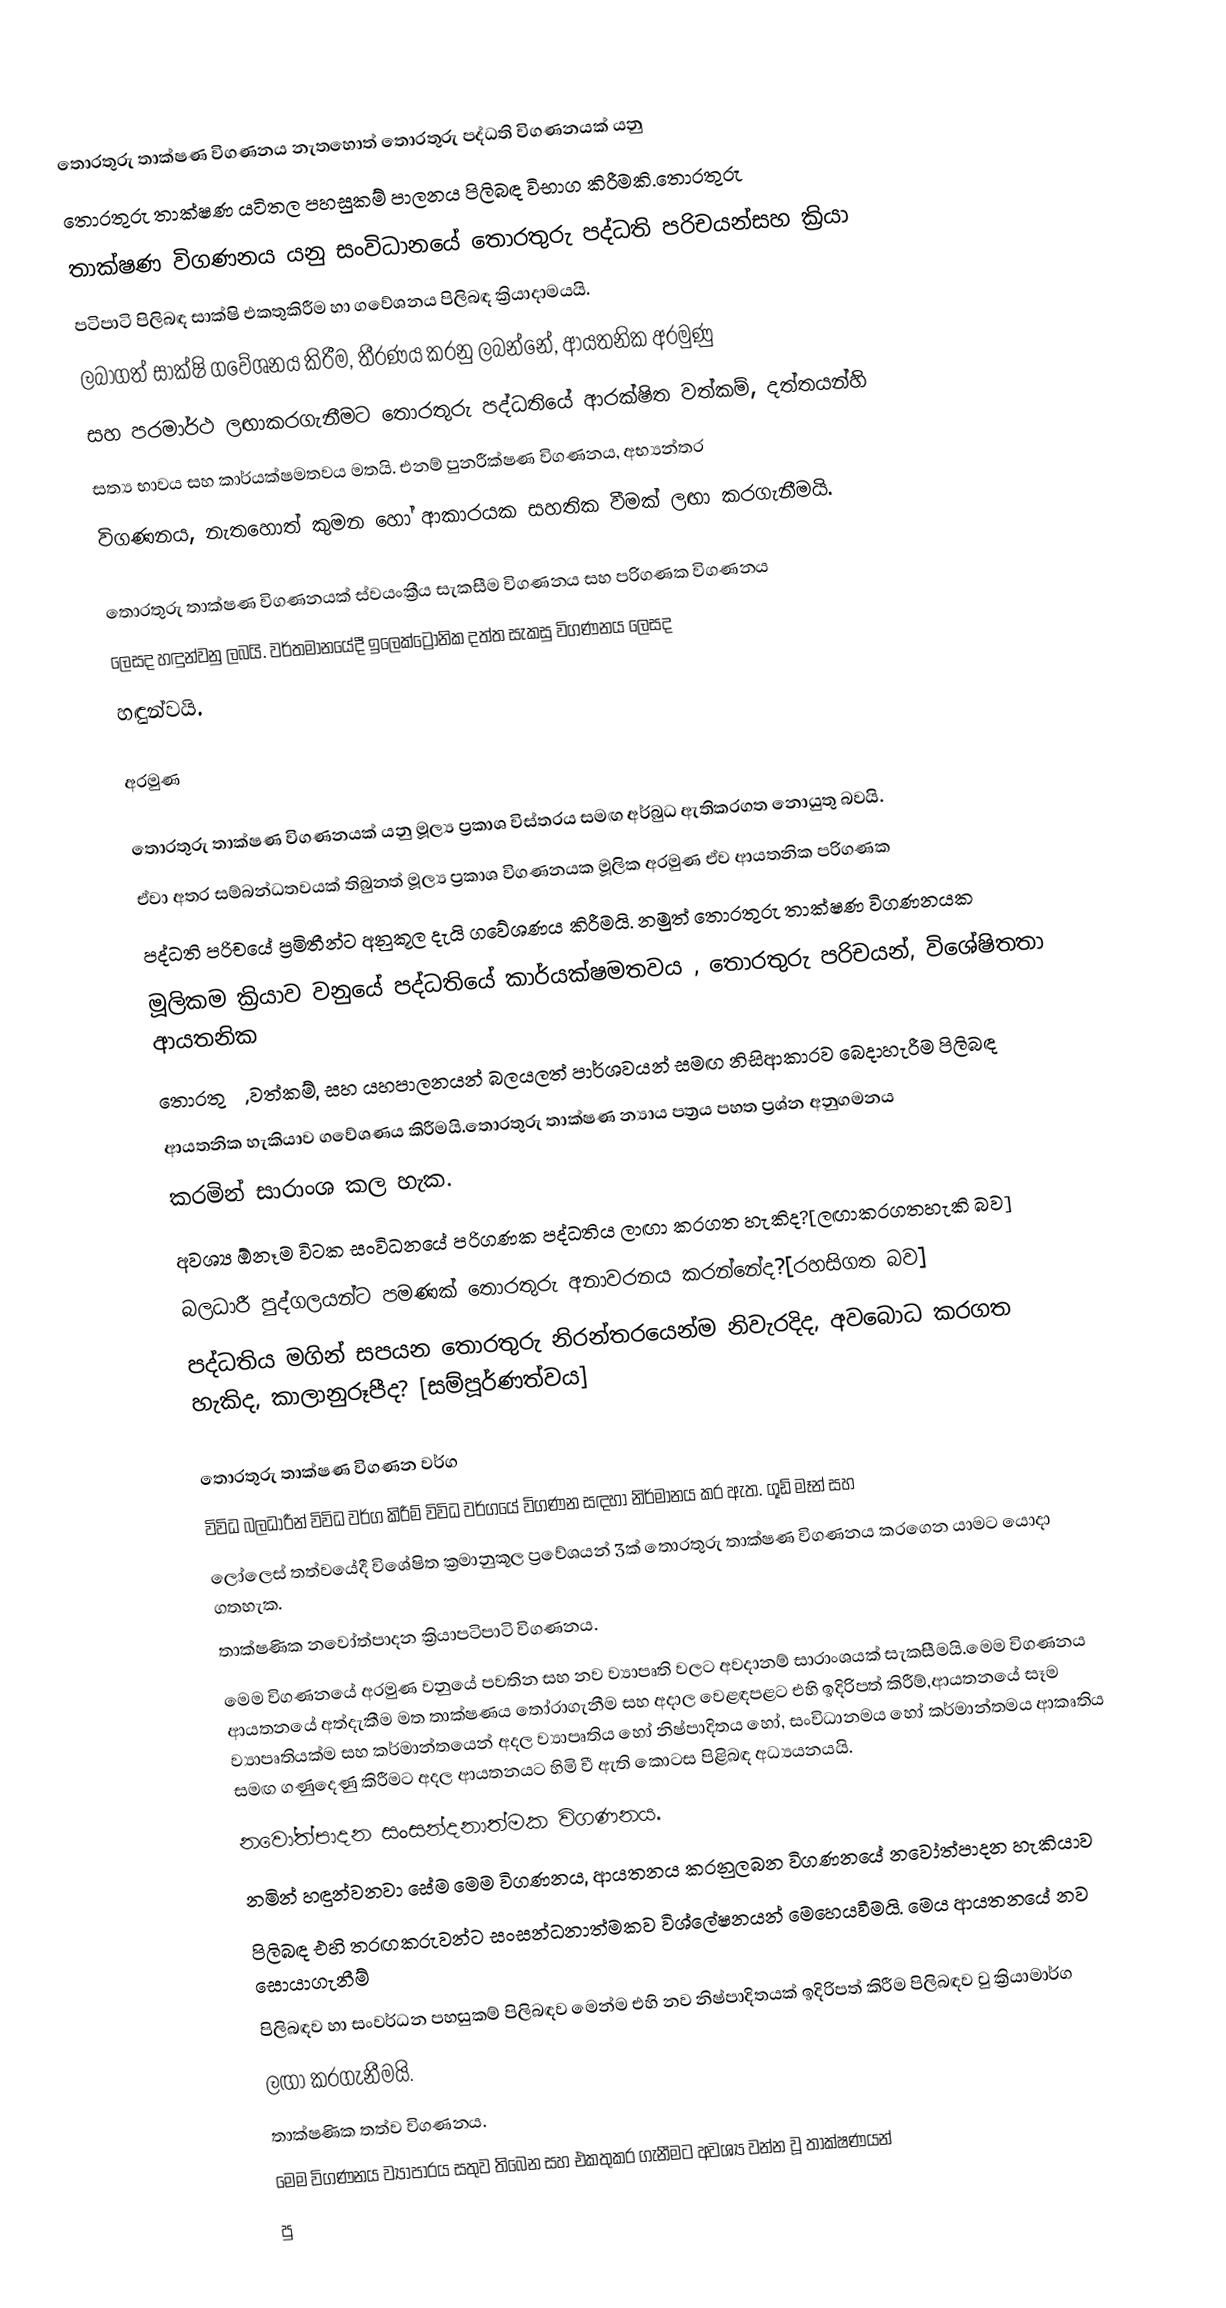
තොරතුරු තාක්ෂණ විගණනය නැතහොත් තොරතුරු පද්ධති විගණනයක් යනු
තොරතුරු තාක්ෂණ යටිතල පහසුකම් පාලනය පිලිබඳ විභාග කිරීමකි.තොරතුරු
තාක්ෂණ විගණනය යනු සංවිධානයේ තොරතුරු පද්ධති පරිචයන්සහ ක්‍රියා
පටිපාටි පිලිබඳ සාක්ෂි එකතුකිරීම හා ගවේශනය පිලිබඳ ක්‍රියාදාමයයි.
ලබාගත් සාක්ෂි ගවේශනය කිරීම, තීරණය කරනු ලබන්නේ, ආයතනික අරමුණු
සහ පරමාර්ථ ලඟාකරගැනීමට තොරතුරු පද්ධතියේ ආරක්ෂිත වත්කම්, දත්තයන්හි
සත්‍ය භාවය සහ කාර්යක්ෂමතවය මතයි. එනම් පුනරීක්ෂණ විගණනය, අභ්‍යන්තර
විගණනය, නැතහොත් කුමන හෝ ආකාරයක සහතික වීමක් ලඟා කරගැනීමයි.

තොරතුරු තාක්ෂණ විගණනයක් ස්වයංක්‍රීය සැකසීම විගණනය සහ පරිගණක විගණනය
ලෙසද හඳුන්වනු ලබයි. වර්තමානයේදී ඉලෙක්ට්‍රොනික දත්ත සැකසු විගණනය ලෙසද
හඳුන්වයි.

අරමුණ

තොරතුරු තාක්ෂණ විගණනයක් යනු මූල්‍ය ප්‍රකාශ විස්තරය සමඟ අර්බුධ ඇතිකරගත නොයුතු බවයි.
ඒවා අතර සම්බන්ධතවයක් තිබුනත් මූල්‍ය ප්‍රකාශ විගණනයක මූලික අරමුණ ඒව ආයතනික පරිගණක
පද්ධති පරිචයේ ප්‍රමිතීන්ට අනුකූල දැයි ගවේශණය කිරීමයි. නමුත් තොරතුරු තාක්ෂණ විගණනයක
මූලිකම ක්‍රියාව වනුයේ පද්ධතියේ කාර්යක්ෂමතවය , තොරතුරු පරිචයන්, විශේෂිතතා ආයතනික
තොරතුරු, වත්කම්, සහ යහපාලනයන් බලයලත් පාර්ශවයන් සමඟ නිසිආකාරව බෙදාහැරීම පිලිබඳ
ආයතනික හැකියාව ගවේශණය කිරීමයි.තොරතුරු තාක්ෂණ න්‍යාය පත්‍රය පහත ප්‍රශ්න අනුගමනය
කරමින් සාරාංශ කල හැක.
අවශ්‍ය ඕනෑම විටක සංවිධනයේ පරිගණක පද්ධතිය ලාඟා කරගත හැකිද?[ලඟාකරගතහැකි බව]
බලධාරී පුද්ගලයන්ට පමණක් තොරතුරු අනාවරනය කරන්නේද?[රහසිගත බව]
පද්ධතිය මගින් සපයන තොරතුරු නිරන්තරයෙන්ම නිවැරදිද, අවබොධ කරගත හැකිද, කාලානුරූපීද? [සම්පූර්ණත්වය]

තොරතුරු තාක්ෂණ විගණන වර්ග
විවිධ බලධාරීන් විවිධ වර්ග කිරීම් විවිධ වර්ගයේ විගණන සඳහා නිර්මානය කර ඇත. ගූඩ් මෑන් සහ
ලෝලෙස් තත්වයේදී විශේෂිත ක්‍රමානුකූල ප්‍රවේශයන් 3ක් තොරතුරු තාක්ෂණ විගණනය කරගෙන යාමට යොදා ගතහැක.
 තාක්ෂණික නවෝත්පාදන ක්‍රියාපටිපාටි විගණනය.
මෙම විගණනයේ අරමුණ වනුයේ පවතින සහ නව ව්‍යාපෘති වලට අවදානම් සාරාංශයක් සැකසීමයි.මෙම විගණනය ආයතනයේ අත්දැකීම මත තාක්ෂණය තෝරාගැනීම සහ අදාල වෙළඳපළට එහි ඉදිරිපත් කිරීම්,ආයතනයේ සෑම ව්‍යාපෘතියක්ම සහ කර්මාන්තයෙන් අදල  ව්‍යාපෘතිය හෝ නිෂ්පාදිතය හෝ, සංවිධානමය හෝ කර්මාන්තමය ආකෘතිය සමඟ ගණුදෙණු කිරීමට අදල ආයතනයට හිමි වී ඇති කොටස පිළිබඳ අධ්‍යයනයයි.
 නවෝත්පාදන සංසන්දනාත්මක විගණනය.
නමින් හඳුන්වනවා සේම මෙම විගණනය, ආයතනය කරනුලබන විගණනයේ නවෝත්පාදන හැකියාව
පිලිබඳ එහි තරඟකරුවන්ට සංසන්ධනාත්මකව විශ්ලේෂනයන් මෙහෙයවීමයි. මෙය ආයතනයේ නව සොයාගැනීම්
පිලිබඳව හා සංවර්ධන පහසුකම් පිලිබඳව මෙන්ම එහි නව නිෂ්පාදිතයක් ඉදිරිපත් කිරීම පිලිබඳව වු ක්‍රියාමාර්ග
ලඟා කරගැනීමයි.
 තාක්ෂණික තත්ව විගණනය.
මෙම විගණනය ව්‍යාපාරය සතුව තිබෙන සහ එකතුකර ගැනීමට අවශ්‍ය වන්න වූ තාක්ෂණයන්
පු